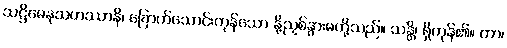
သဋ္ဌိဓေနုသဟဿာနိ၊ ခြောက်သောင်းကုန်သော နို့ညှစ်နွားမတို့သည်။ သန္တိ၊ ရှိကုန်၏။ တာ၊